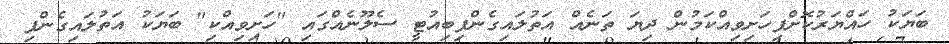
ބަޔަކު ހައްޔަރުކޮށްފިހަށިވިއްކަމުން ދިޔަ ތަނެއް އަތުލައިގެންފިބިއުޓީ ސެލޫނެއްގައި "ހަށިވިއްކި" ބަޔަކު އަތުލައިގެންފި